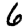
Digit: 6